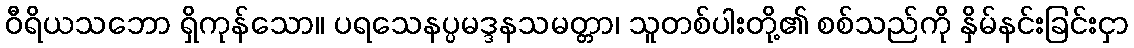
ဝီရိယသဘော ရှိကုန်သော။ ပရသေနပ္ပမဒ္ဒနသမတ္တာ၊ သူတစ်ပါးတို့၏ စစ်သည်ကို နှိမ်နင်းခြင်းငှာ